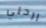
ارحلي